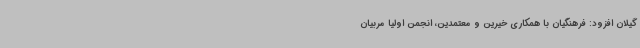
گیلان افزود: فرهنگیان با همکاری خیرین و معتمدین، انجمن اولیا مربیان